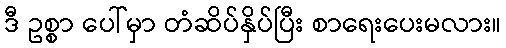
ဒီ ဥစ္စာ ပေါ်မှာ တံဆိပ်နှိပ်ပြီး စာရေးပေးမလား။